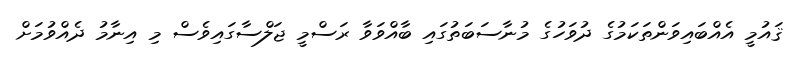
ޤައުމީ އެއްބައިވަންތަކަމުގެ ދުވަހުގެ މުނާސަބަތުގައި ބާއްވަވާ ރަސްމީ ޖަލްސާގައިވެސް މި އިނާމު ދެއްވުމަށް